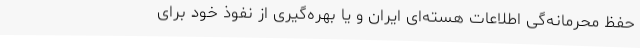
حفظ محرمانه‌گی اطلاعات هسته‌ای ایران و یا بهره‌گیری از نفوذ خود برای